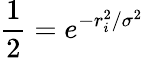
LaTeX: \frac{1}{2}=e^{-r_{i}^{2}/\sigma^{2}}